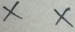
x x